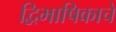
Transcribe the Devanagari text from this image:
द्विभाषिकाचे